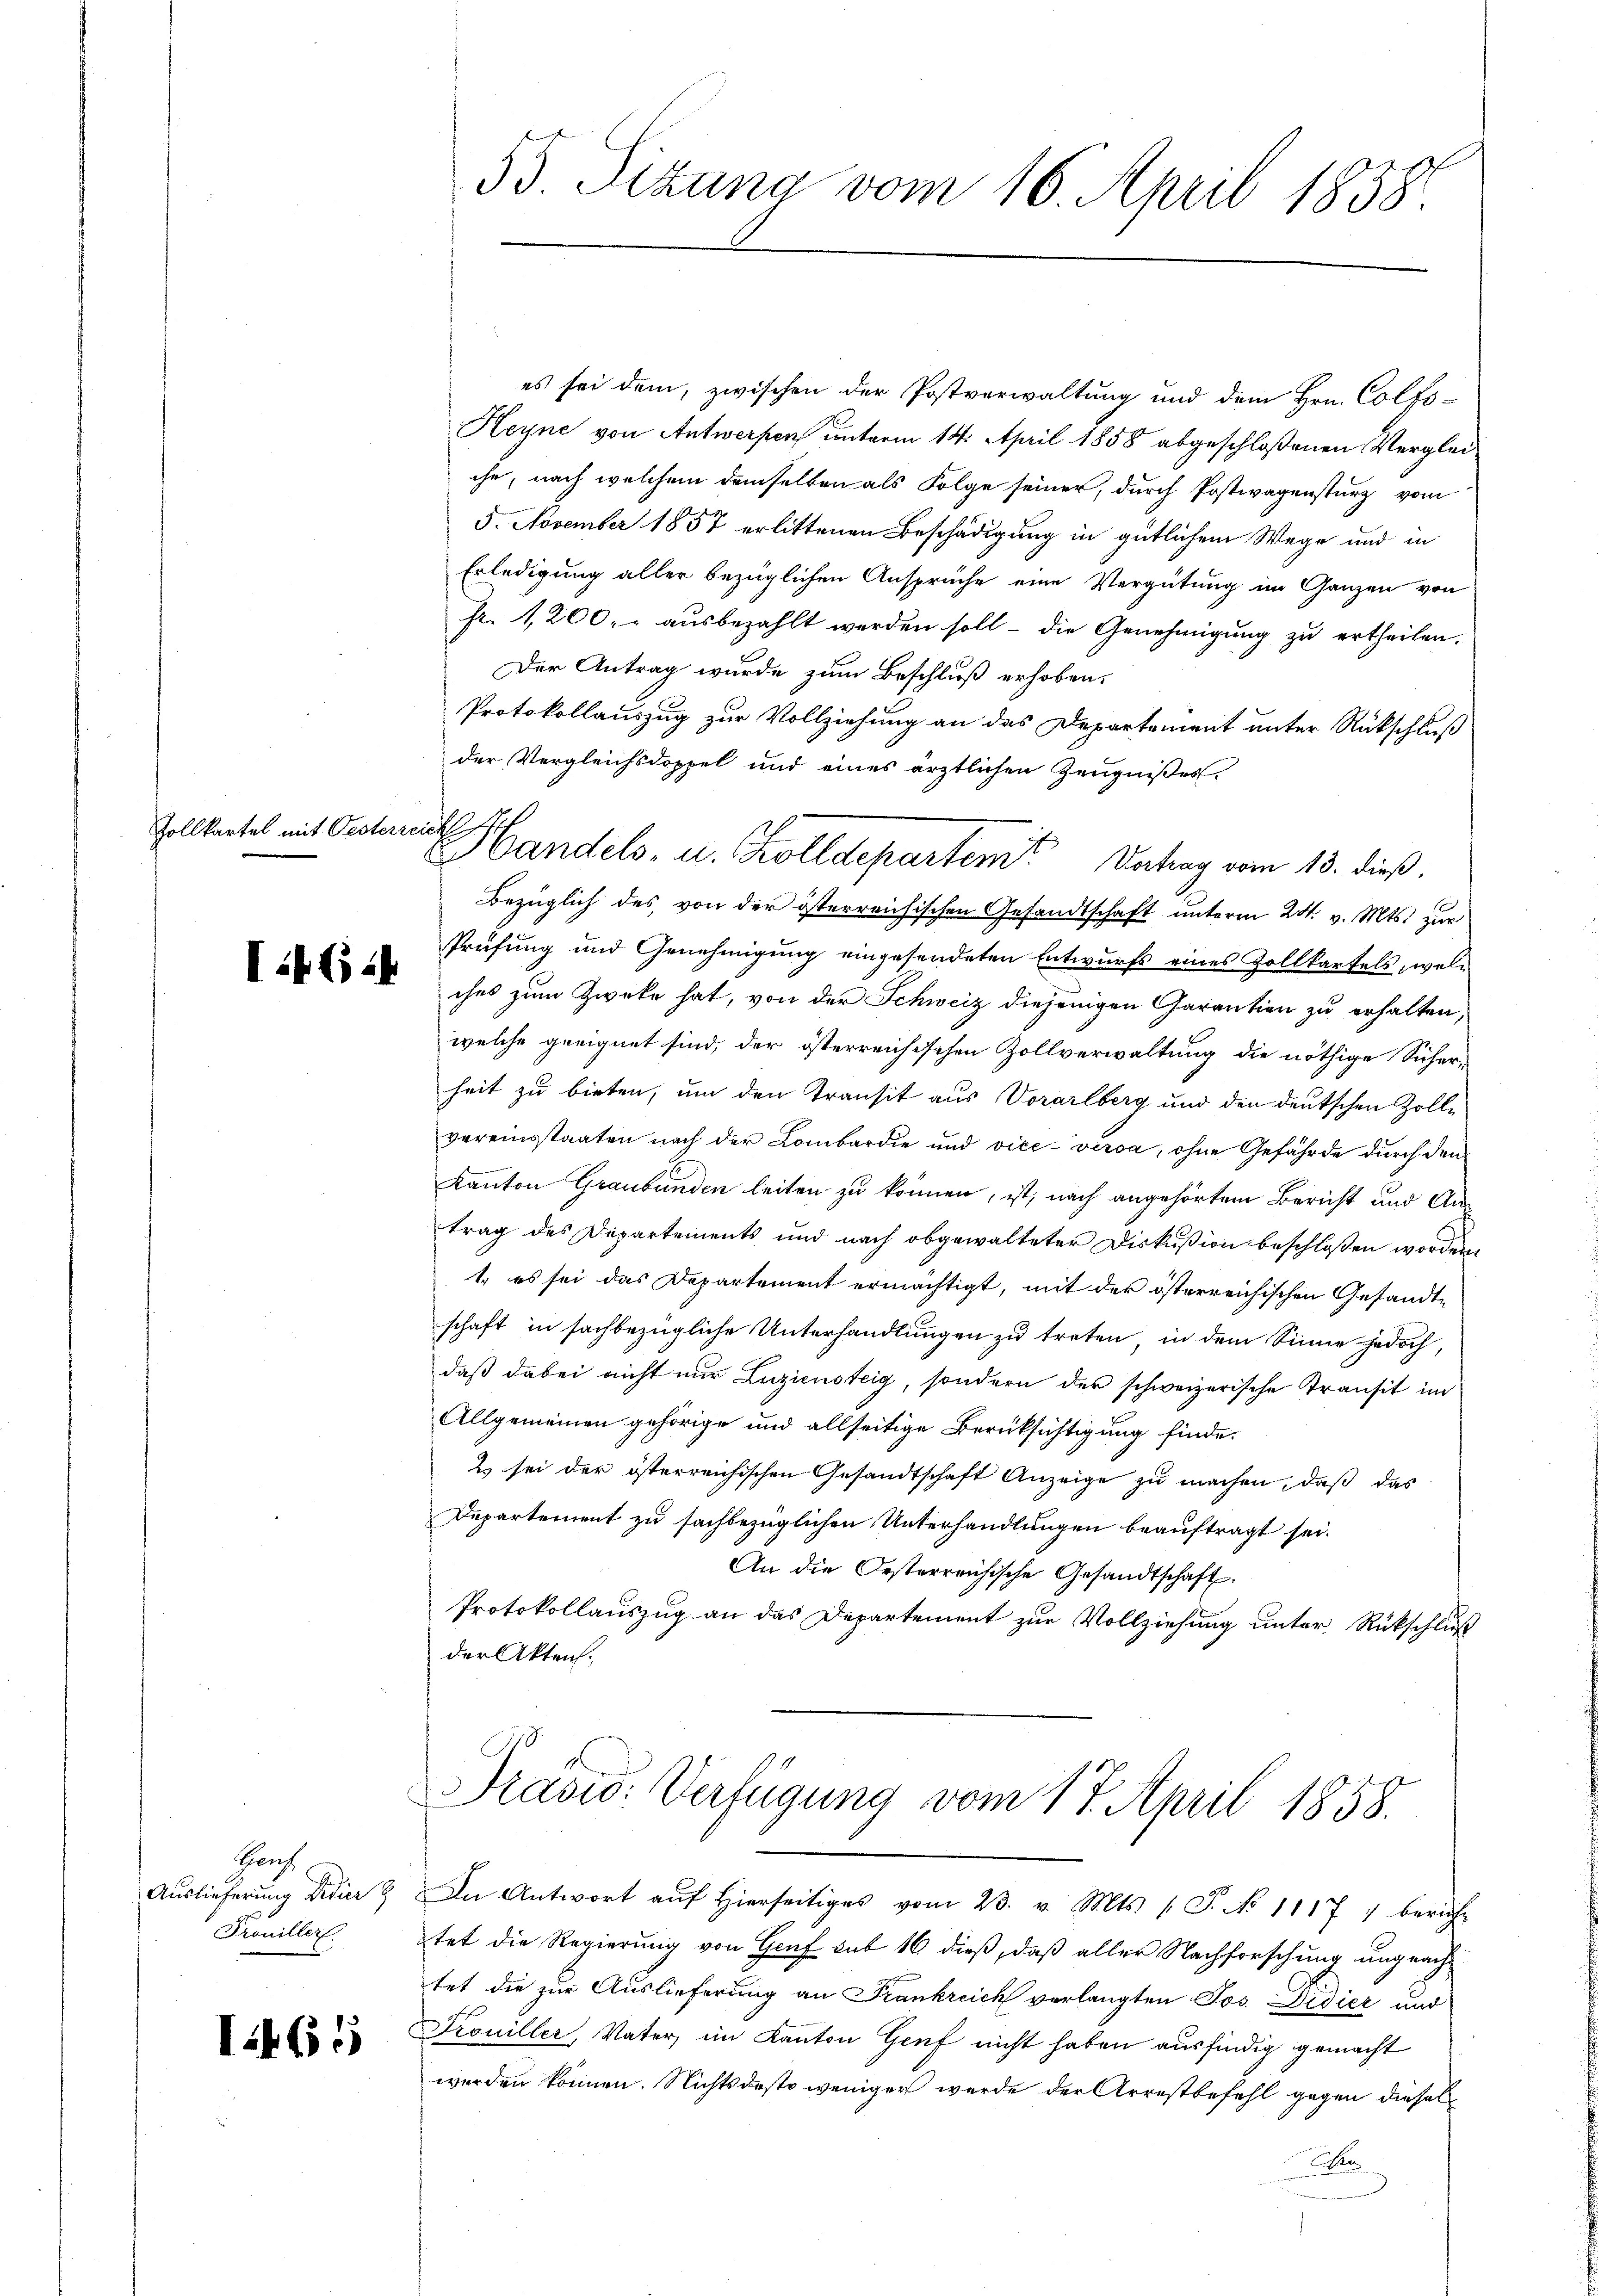
Zollkartel mit Oesterr.

it (124

Hauch
Auslieferung Didierz
Trouiller.

1465

nicht

55 Sitzung vom 16. April 1858.

es sei dem, zwischen der Postverwaltung und dem Hrn. Colfs-
Heyne von Antwerpen unterm 14. April 1858 abgeschloßenen Vergleiche, nach welchem demselben als Folge seiner, durch Postwagensturz vom
5. November 1857 erlittenen Beschädigung in gütlichem Wege und in
Erledigung aller bezüglichen Ansprüche eine Vergütung im Ganzen von
fr. 1,200. aŭsbezahlt werden soll - die Genehmigŭng zŭ ertheilen.
Der Antrag wurde zum Beschluß erhoben.
Protokollauszug zur Vollziehung an das Departement unter Rückschluß
der Vergleichsdoppel und eines ärztlichen Zeugnißes
Bezüglich des von der österreichischen Gesandtschaft unterm 24. v. Mts. zur
Prüfung und Genehmigung eingesendeten Entwurfs eines Zollkartels, welches zum Zweke hat, von der Schweiz diejenigen Garantien zu erhalten,
welche geeignet sind, der österreichischen Zollverwaltung die nöthige Sicher-
heit zu bieten, um den Transit aus Vorarlberg und den deutschen Zolle
vereinsstaaten nach der Lombardie und vice versa, ohne Gefährde durch den
Kanton Graubünden leiten zu können, ist, nach angehörtem Bericht und Antrag des Departements und nach abgewalteter Diskußion beschloßen worden
1. es sei das Departement ermächtigt, mit der österreichischen Gesandtschaft in sachbezügliche Unterhandlungen zu treten, in dem Sinne jedoch,
daß dabei nicht nur Zuziensteig, sondern der schweizerische Transit im
Allgemeinen gehörige und allseitige Berüksichtigung finde.
2) sei der österreichischen Gesandtschaft Anzeige zu machen, daß das
Departement zu sachbezüglichen Unterhandlungen beauftragt sei.
An die Oesterreichische Gesandtschaft.
Protokollauszug an das Departement zur Vollziehung unter Rückschluß
der Akten.
Pravio Verfügung vom 17. April 1858.
In Antwort aŭf hierseitiges vom 23. v. Mts. (T. No 1117) bericht
tet die Regierung von Genf sub 16 dieß, daß aller Nachforschung ungeachtet die zur Auslieferung an Frankreich verlangten Jos. Didier und
Trouiller, Vater, im Kanton Genf nicht haben ausfindig gemacht
werden können. Nichtsdesto weniger werde der Arrestbefehl gegen diesel
e

Handels- u. Zolldepartemit Antrag vom 13. dieß